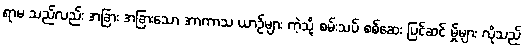
ရာမ သည်လည်း အခြား အခြားသော အာကာသ ယာဉ်များ ကဲ့သို့ စမ်းသပ် စစ်ဆေး ပြင်ဆင် မ်ှုများ လိုသည်